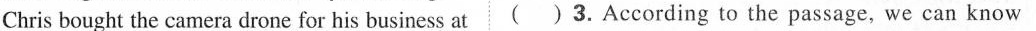
Chris bought the camera drone for his business at ( ) 3.According to the passage, we can know